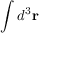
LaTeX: \int d ^ { 3 } \mathbf { r }